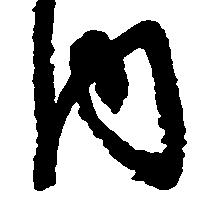
内